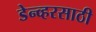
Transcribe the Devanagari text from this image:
डेन्व्हरसाठी